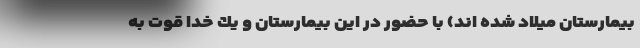
بيمارستان ميلاد شده اند) با حضور در اين بيمارستان و يك خدا قوت به